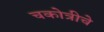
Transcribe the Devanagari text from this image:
चकोत्रीचे